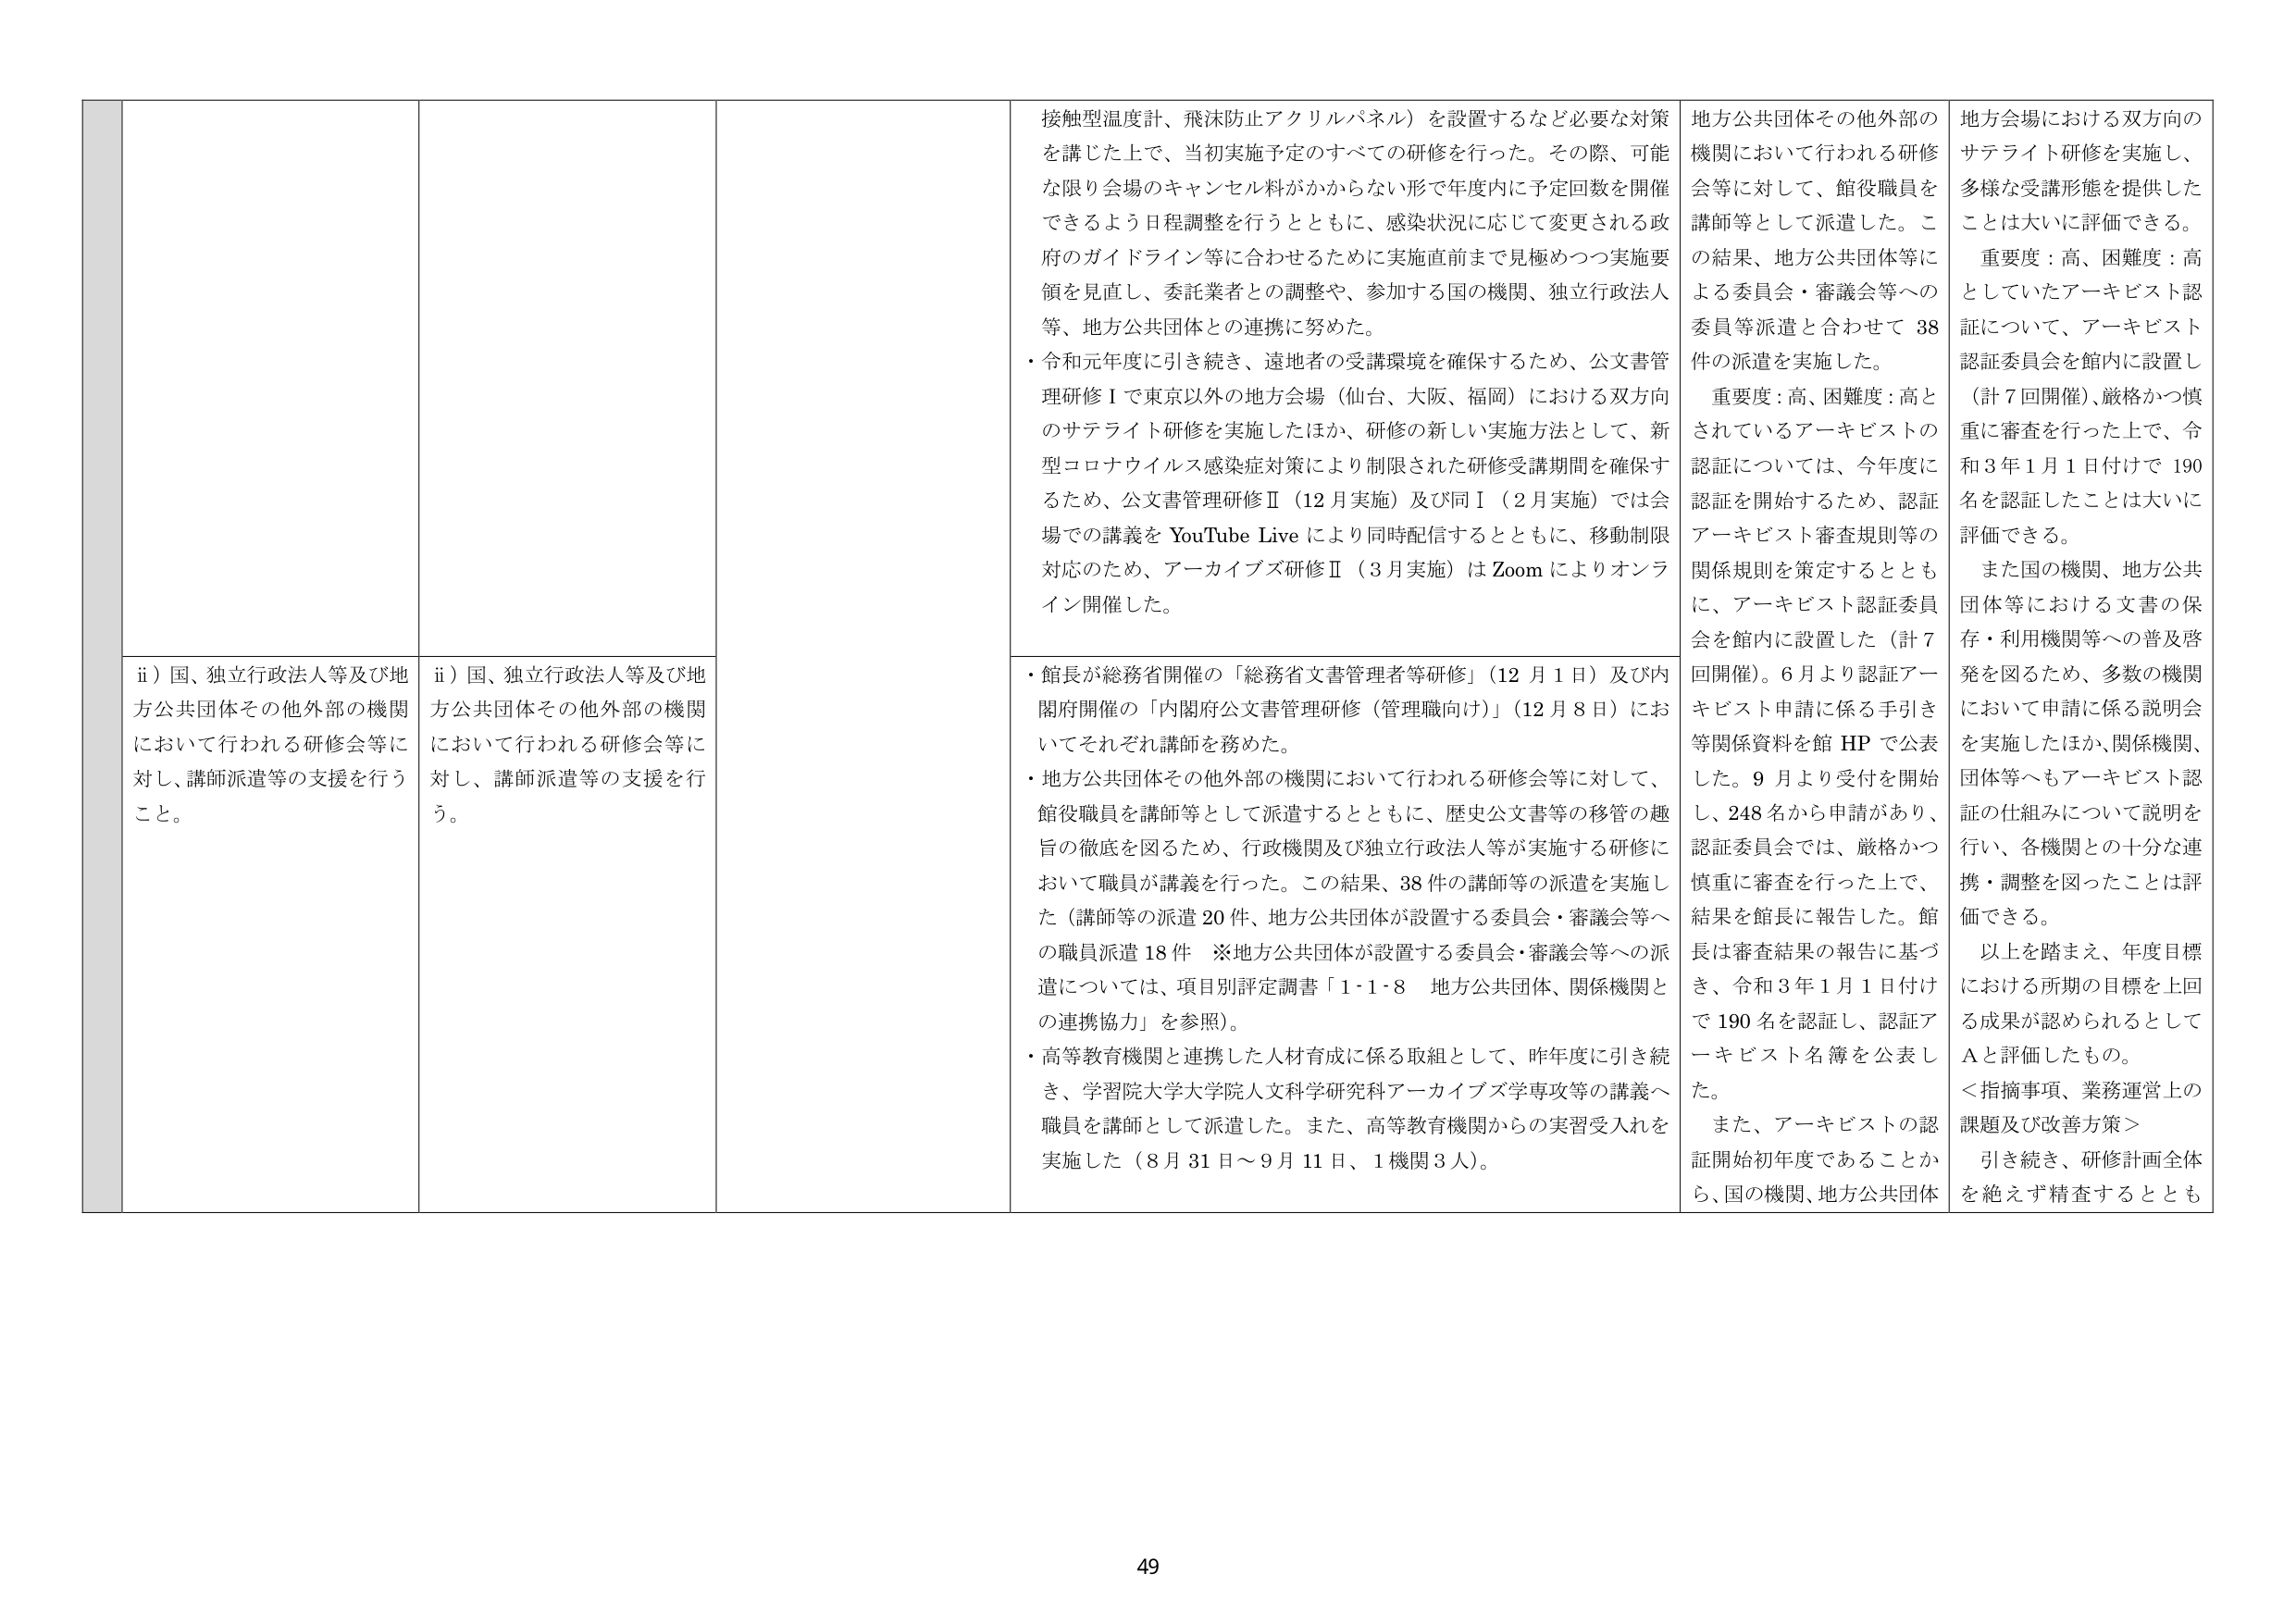
接触型温度計、飛沫防止アクリルパネル）を設置するなど必要な対策を講じた上で、当初実施予定のすべての研修を行った。その際、可能な限り会場のキャンセル料がかからない形で年度内に予定回数を開催できるよう日程調整を行うとともに、感染状況に応じて変更される政府のガイドライン等に合わせるために実施直前まで見極めつつ実施要領を見直し、委託業者との調整や、参加する国の機関、独立行政法人等、地方公共団体との連携に努めた。

・令和元年度に引き続き、遠地者の受講環境を確保するため、公文書管理研修Ⅰで東京以外の地方会場（仙台、大阪、福岡）における双方向のサテライト研修を実施したほか、研修の新しい実施方法として、新型コロナウイルス感染症対策により制限された研修受講期間を確保するため、公文書管理研修Ⅱ（12月実施）及び同Ⅰ（2月実施）では会場での講義を YouTube Live により同時配信するとともに、移動制限対応のため、アーカイブズ研修Ⅱ（3月実施）は Zoom によりオンライン開催した。

ii）国、独立行政法人等及び地方公共団体その他外部の機関において行われる研修会等に対し、講師派遣等の支援を行うこと。

ii）国、独立行政法人等及び地方公共団体その他外部の機関において行われる研修会等に対し、講師派遣等の支援を行う。

・館長が総務省開催の「総務省文書管理者等研修」（12月1日）及び内閣府開催の「内閣府公文書管理研修（管理職向け）」（12月8日）においてそれぞれ講師を務めた。

・地方公共団体その他外部の機関において行われる研修会等に対して、館役職員を講師等として派遣するとともに、歴史公文書等の移管の趣旨の徹底を図るため、行政機関及び独立行政法人等が実施する研修において職員が講義を行った。この結果、38件の講師等の派遣を実施した（講師等の派遣20件、地方公共団体が設置する委員会・審議会等への職員派遣18件　※地方公共団体が設置する委員会・審議会等への派遣については、項目別評定調書「1・1・8　地方公共団体、関係機関との連携協力」を参照）。

・高等教育機関と連携した人材育成に係る取組として、昨年度に引き続き、学習院大学大学院人文科学研究科アーカイブズ学専攻等の講義へ職員を講師として派遣した。また、高等教育機関からの実習受入れを実施した（8月31日～9月11日、1機関3人）。

地方公共団体その他外部の機関において行われる研修会等に対して、館役職員を講師等として派遣した。この結果、地方公共団体等による委員会・審議会等への委員等派遣と合わせて38件の派遣を実施した。

重要度：高、困難度：高とされているアーキビストの認証については、今年度に認証を開始するため、認証アーキビスト審査規則等の関係規則を策定するとともに、アーキビスト認証委員会を館内に設置した（計7回開催）。6月より認証アーキビスト申請に係る手引き等関係資料を館HPで公表した。9月より受付を開始し、248名から申請があり、認証委員会では、厳格かつ慎重に審査を行った上で、結果を館長に報告した。館長は審査結果の報告に基づき、令和3年1月1日付けで190名を認証し、認証アーキビスト名簿を公表した。

また、アーキビストの認証開始初年度であることから、国の機関、地方公共団体

地方会場における双方向のサテライト研修を実施し、多様な受講形態を提供したことは大いに評価できる。

重要度：高、困難度：高としていたアーキビスト認証について、アーキビスト認証委員会を館内に設置し（計7回開催）、厳格かつ慎重に審査を行った上で、令和3年1月1日付けで190名を認証したことは大いに評価できる。

また国の機関、地方公共団体等における文書の保存・利用機関等への普及啓発を図るため、多数の機関において申請に係る説明会を実施したほか、関係機関、団体等へもアーキビスト認証の仕組みについて説明を行い、各機関との十分な連携・調整を図ったことは評価できる。

以上を踏まえ、年度目標における所期の目標を上回る成果が認められるとしてAと評価したもの。

＜指摘事項、業務運営上の課題及び改善方策＞

引き続き、研修計画全体を絶えず精査するととも

49